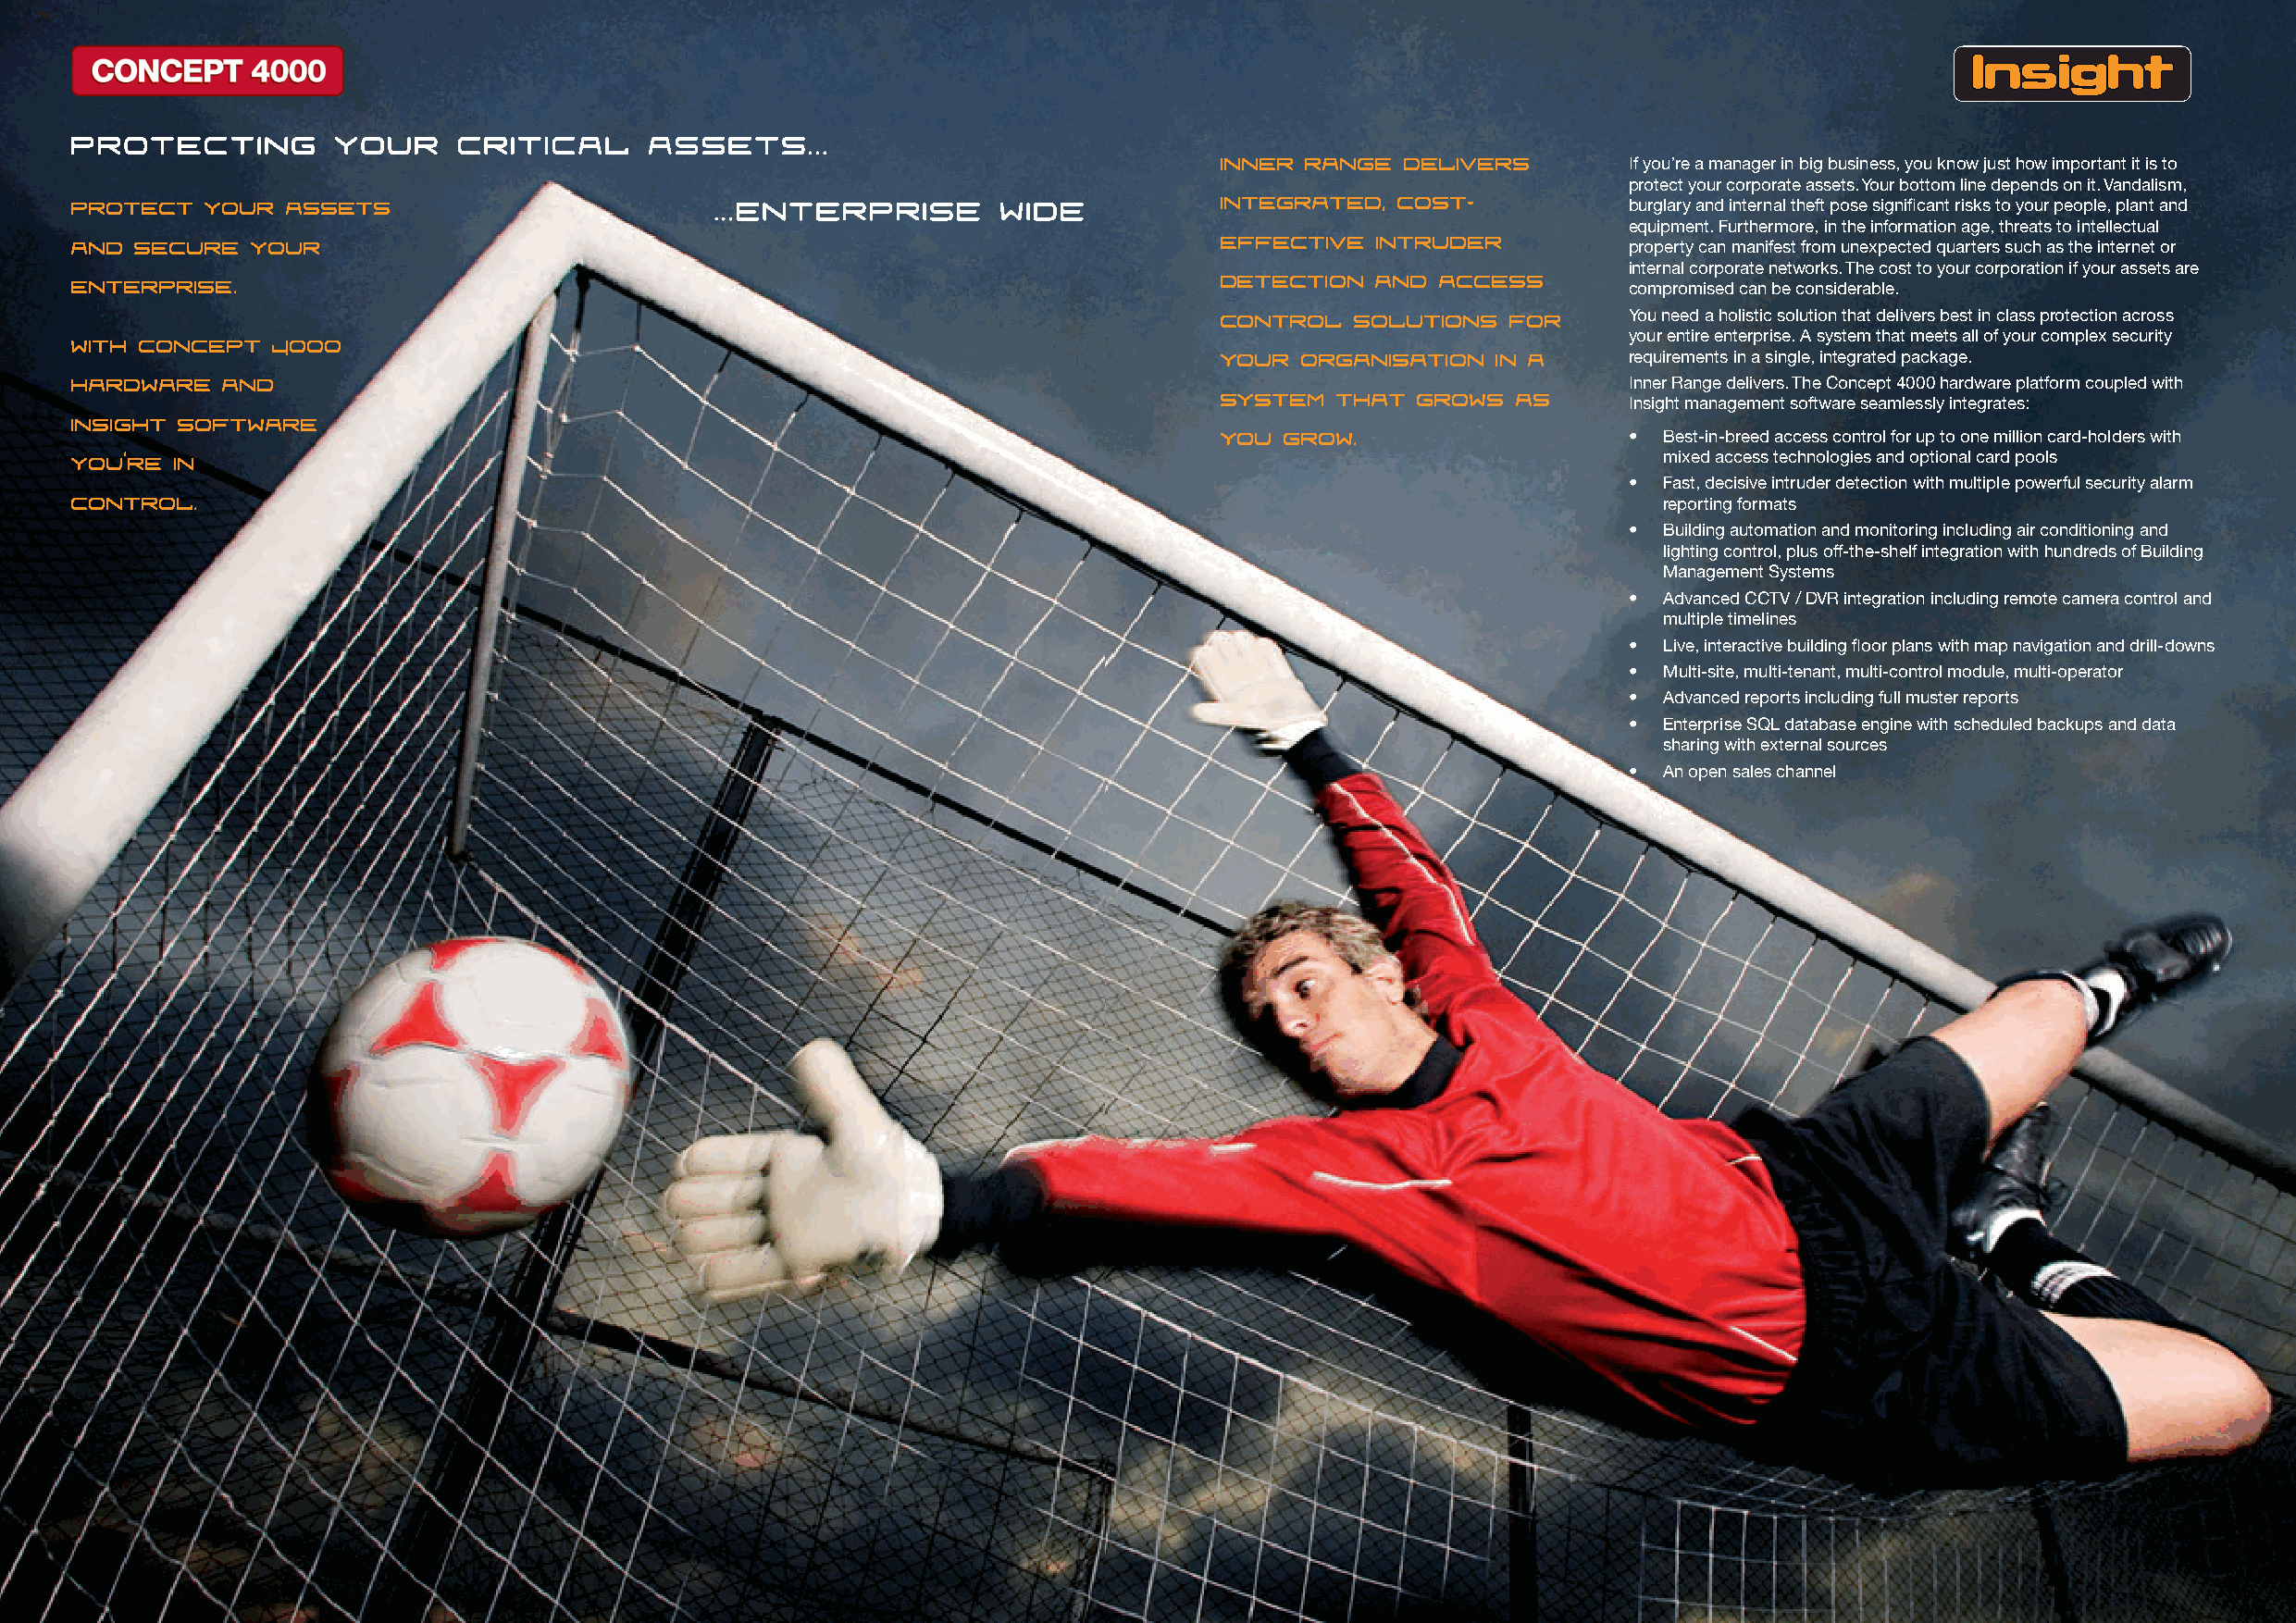
protecting         your     critical     assets...
 Inner Range  delivers
 If you’re a manager in big business, you know just how important it is to
 ...enterprise       wide
 Protect   your assets                                                             integrated,  cost-           protect your corporate assets. Your bottom line depends on it. Vandalism,
 burglary and internal theft pose significant risks to your people, plant and
 and secure   your                                                                 effective  intruder          equipment. Furthermore, in the information age, threats to intellectual
 property can manifest from unexpected quarters such as the internet or
 enterprise.                                                                       detection  and  access
 internal corporate networks. The cost to your corporation if your assets are
 compromised can be considerable.
 control   solutions  for
 With concept  4000                                                                                             You need a holistic solution that delivers best in class protection across
 your  organisation  in a     your entire enterprise. A system that meets all of your complex security
 hardware   and                                                                                                 requirements in a single, integrated package.
 system  that  grows  as
 Inner Range delivers. The Concept 4000 hardware platform coupled with
 insight software                                                                                               Insight management software seamlessly integrates:
 you  grow.
 ,
 youre  in                                                                                                      •  Best-in-breed access control for up to one million card-holders with
 mixed access technologies and optional card pools
 control.
 •  Fast, decisive intruder detection with multiple powerful security alarm
 reporting formats
 •  Building automation and monitoring including air conditioning and
 lighting control, plus off-the-shelf integration with hundreds of Building
 Management Systems
 •  Advanced CCTV / DVR integration including remote camera control and
 multiple timelines
 •  Live, interactive building floor plans with map navigation and drill-downs
 •  Multi-site, multi-tenant, multi-control module, multi-operator
 •  Advanced reports including full muster reports
 •  Enterprise SQL database engine with scheduled backups and data
 sharing with external sources
 •  An open sales channel